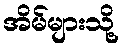
အိမ်များသို့